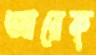
আরেক্